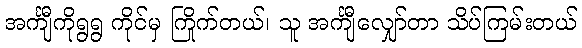
အင်္ကျီကိုရွရွ ကိုင်မှ ကြိုက်တယ်၊ သူ အင်္ကျီလျှော်တာ သိပ်ကြမ်းတယ်